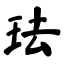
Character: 珐